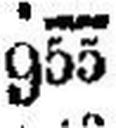
955